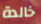
خالدة